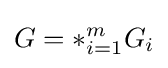
G=\ast _{i=1}^{m}G_{i}